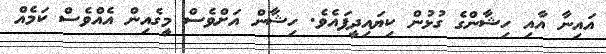
އައިނާ އާއި ހިޝާންގެ ގުޅުން ކިޔައިދީފައެވެ. ހިޝާން އަށްވެސް މީގެއިން އެއްވެސް ކަމެއް